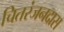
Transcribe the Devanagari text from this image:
चितरंजनदास